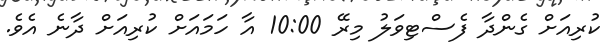
ކުރިއަށް ގެންދާ ފެސްޓިވަލު މިރޭ 10:00 އާ ހަމައަށް ކުރިއަށް ދާނެ އެވެ.